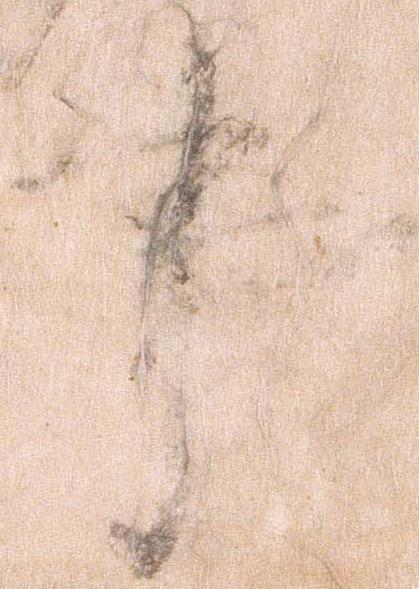
事